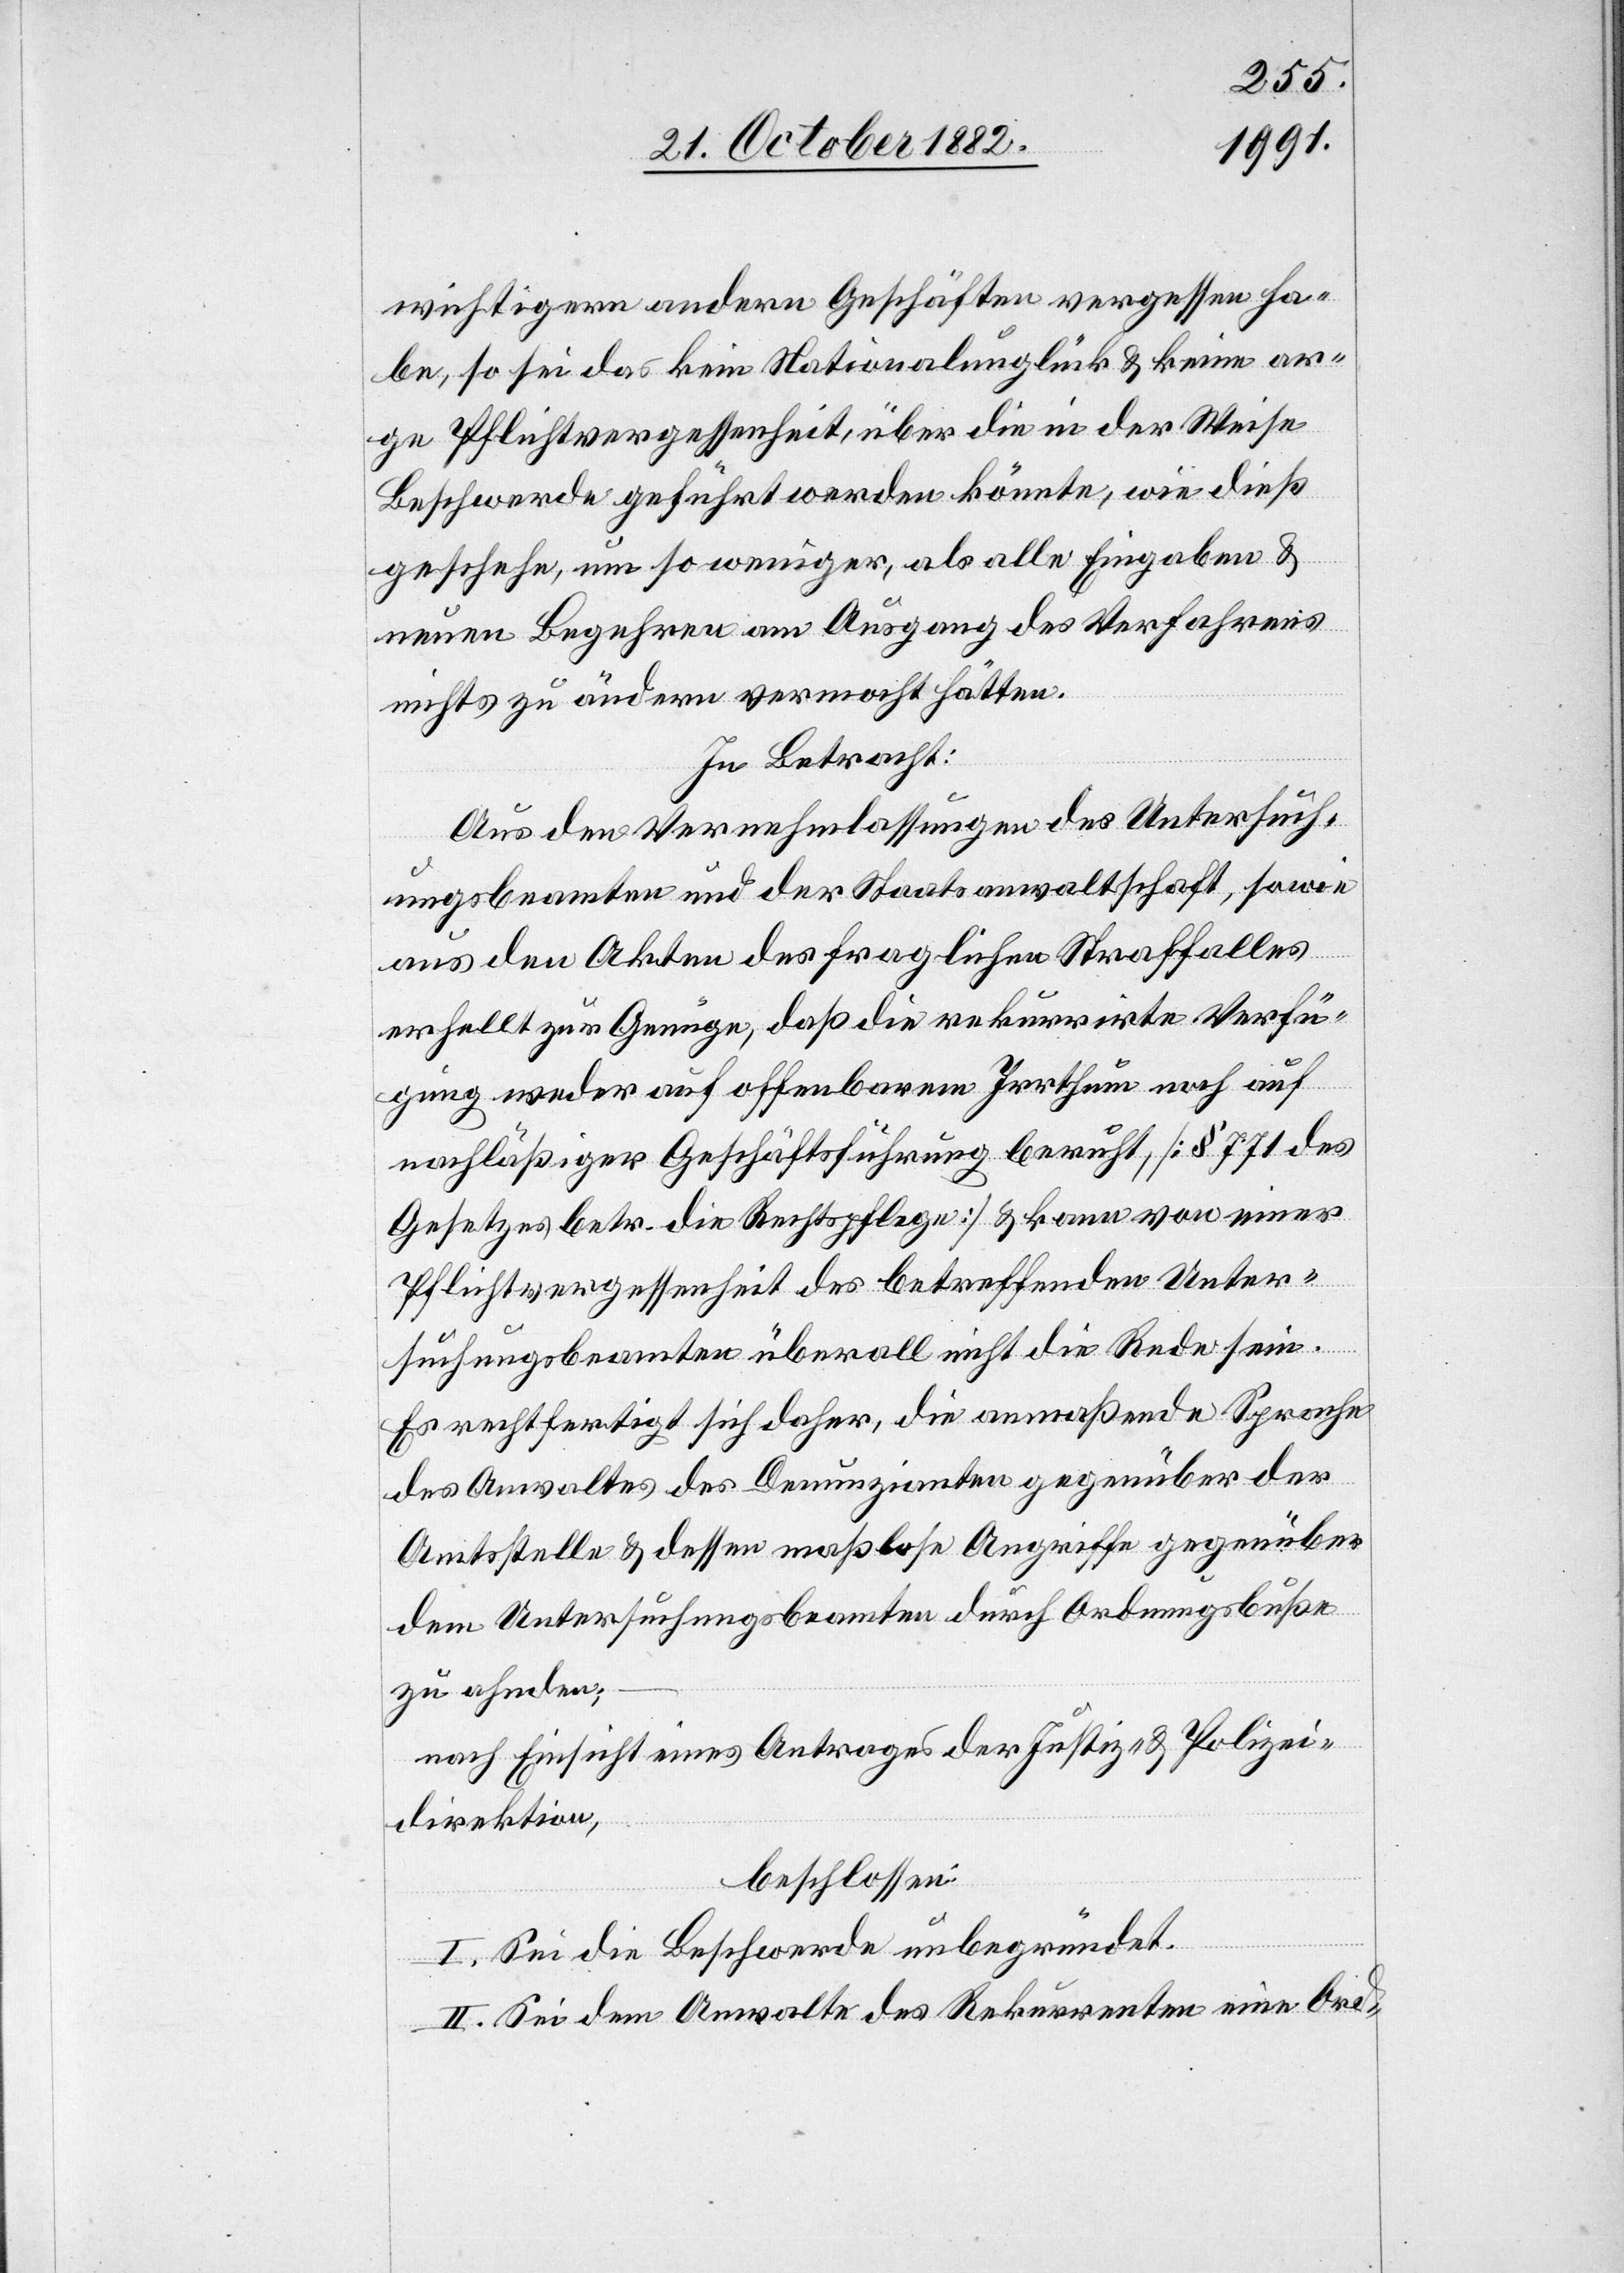
wichtigern andern Geschäften vergessen ha¬
be, so sei das kein Nationalunglück & keine ar¬
ge Pflichtvergessenheit, über die in der Weise
Beschwerde geführt werden könnte, wie dieß
geschehe, um so weniger, als alle Eingaben &
neuen Begehren am Ausgang des Verfahrens
nichts zu ändern vermocht hätten.
In Betracht:
Aus den Vernehmlassungen des Untersuch¬
ungsbeamten und der Staatsanwaltschaft, sowie
aus den Akten des fraglichen Straffalles
erhellt sich zur genüge, daß die rekurrirte Verfü¬
gung weder auf offenbarem Irrthum noch auf
nachläßiger Geschäftsführung beruht, [§ 771 des
Gesetzes betr. die Rechtspflege] & kann von einer
Pflichtvergessenheit des betreffenden Unter¬
suchungsbeamten überall nicht die Rede sein.
Es rechtfertigt sich daher, die anmaßende Sprache
des Anwaltes des Denunzianten gegenüber der
Amtsstelle & dessen maßlose Angriffe gegenüber
dem Untersuchungsbeamten durch Ordnungsbuße
zu ahnden;
nach Einsicht eines Antrages der Justiz- & Polizei¬
direktion,
beschlossen:
I. Sei die Beschwerde unbegründet.
II. Sei dem Anwalte des Rekurrenten eine Ord-